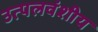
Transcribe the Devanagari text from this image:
उत्पलवंशीय